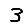
Digit: 3